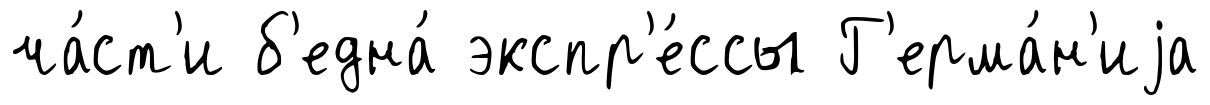
ча́ст'и б'една́ экспр'е́ссы Г'ерма́н'иjа